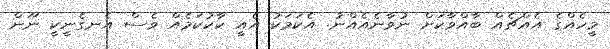
މީހެއްގެ އެއްޗެއް ބާއްވާކަށް ނުވާނެއެއްނު. އެކަމަކު އެއީ ކާކުކަމެއް ވެސް އެނގެނީކީ ނޫން